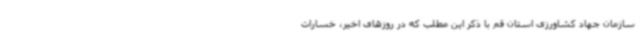
سازمان جهاد کشاورزی استان قم با ذکر این مطلب که در روزهای اخیر، خسارات